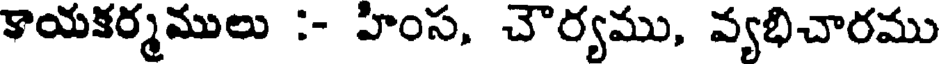
కాయకర్మములు :- హింస, చౌర్యము, వ్యభిచారము